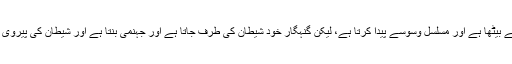
لہذا اگرچہ ابلیس صراط مستقیم پر گھات لگائے بیٹھا ہے اور مسلسل وسوسے پیدا کرتا ہے، لیکن گنہگار خود شیطان کی طرف جاتا ہے اور جہنمی بنتا ہے اور شیطان کی پیروی جہنم میں اس کے ساتھ ہمنشینی کا باعث ہے۔